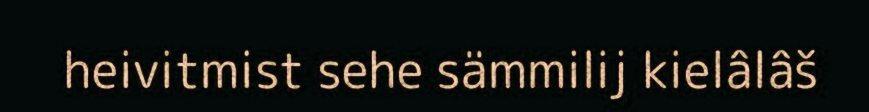
heivitmist sehe sämmilij kielâlâš